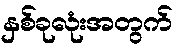
နှစ်ခုလုံးအတွက်